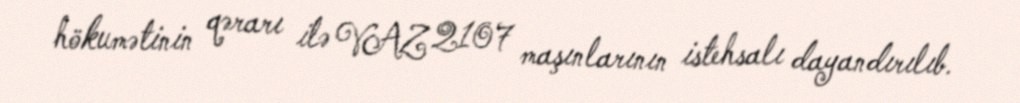
hökumətinin qərarı ilə VAZ 2107 maşınlarının istehsalı dayandırılıb.